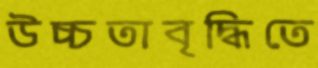
উচ্চতাবৃদ্ধিতে